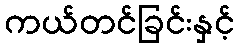
ကယ်တင်ခြင်းနှင့်